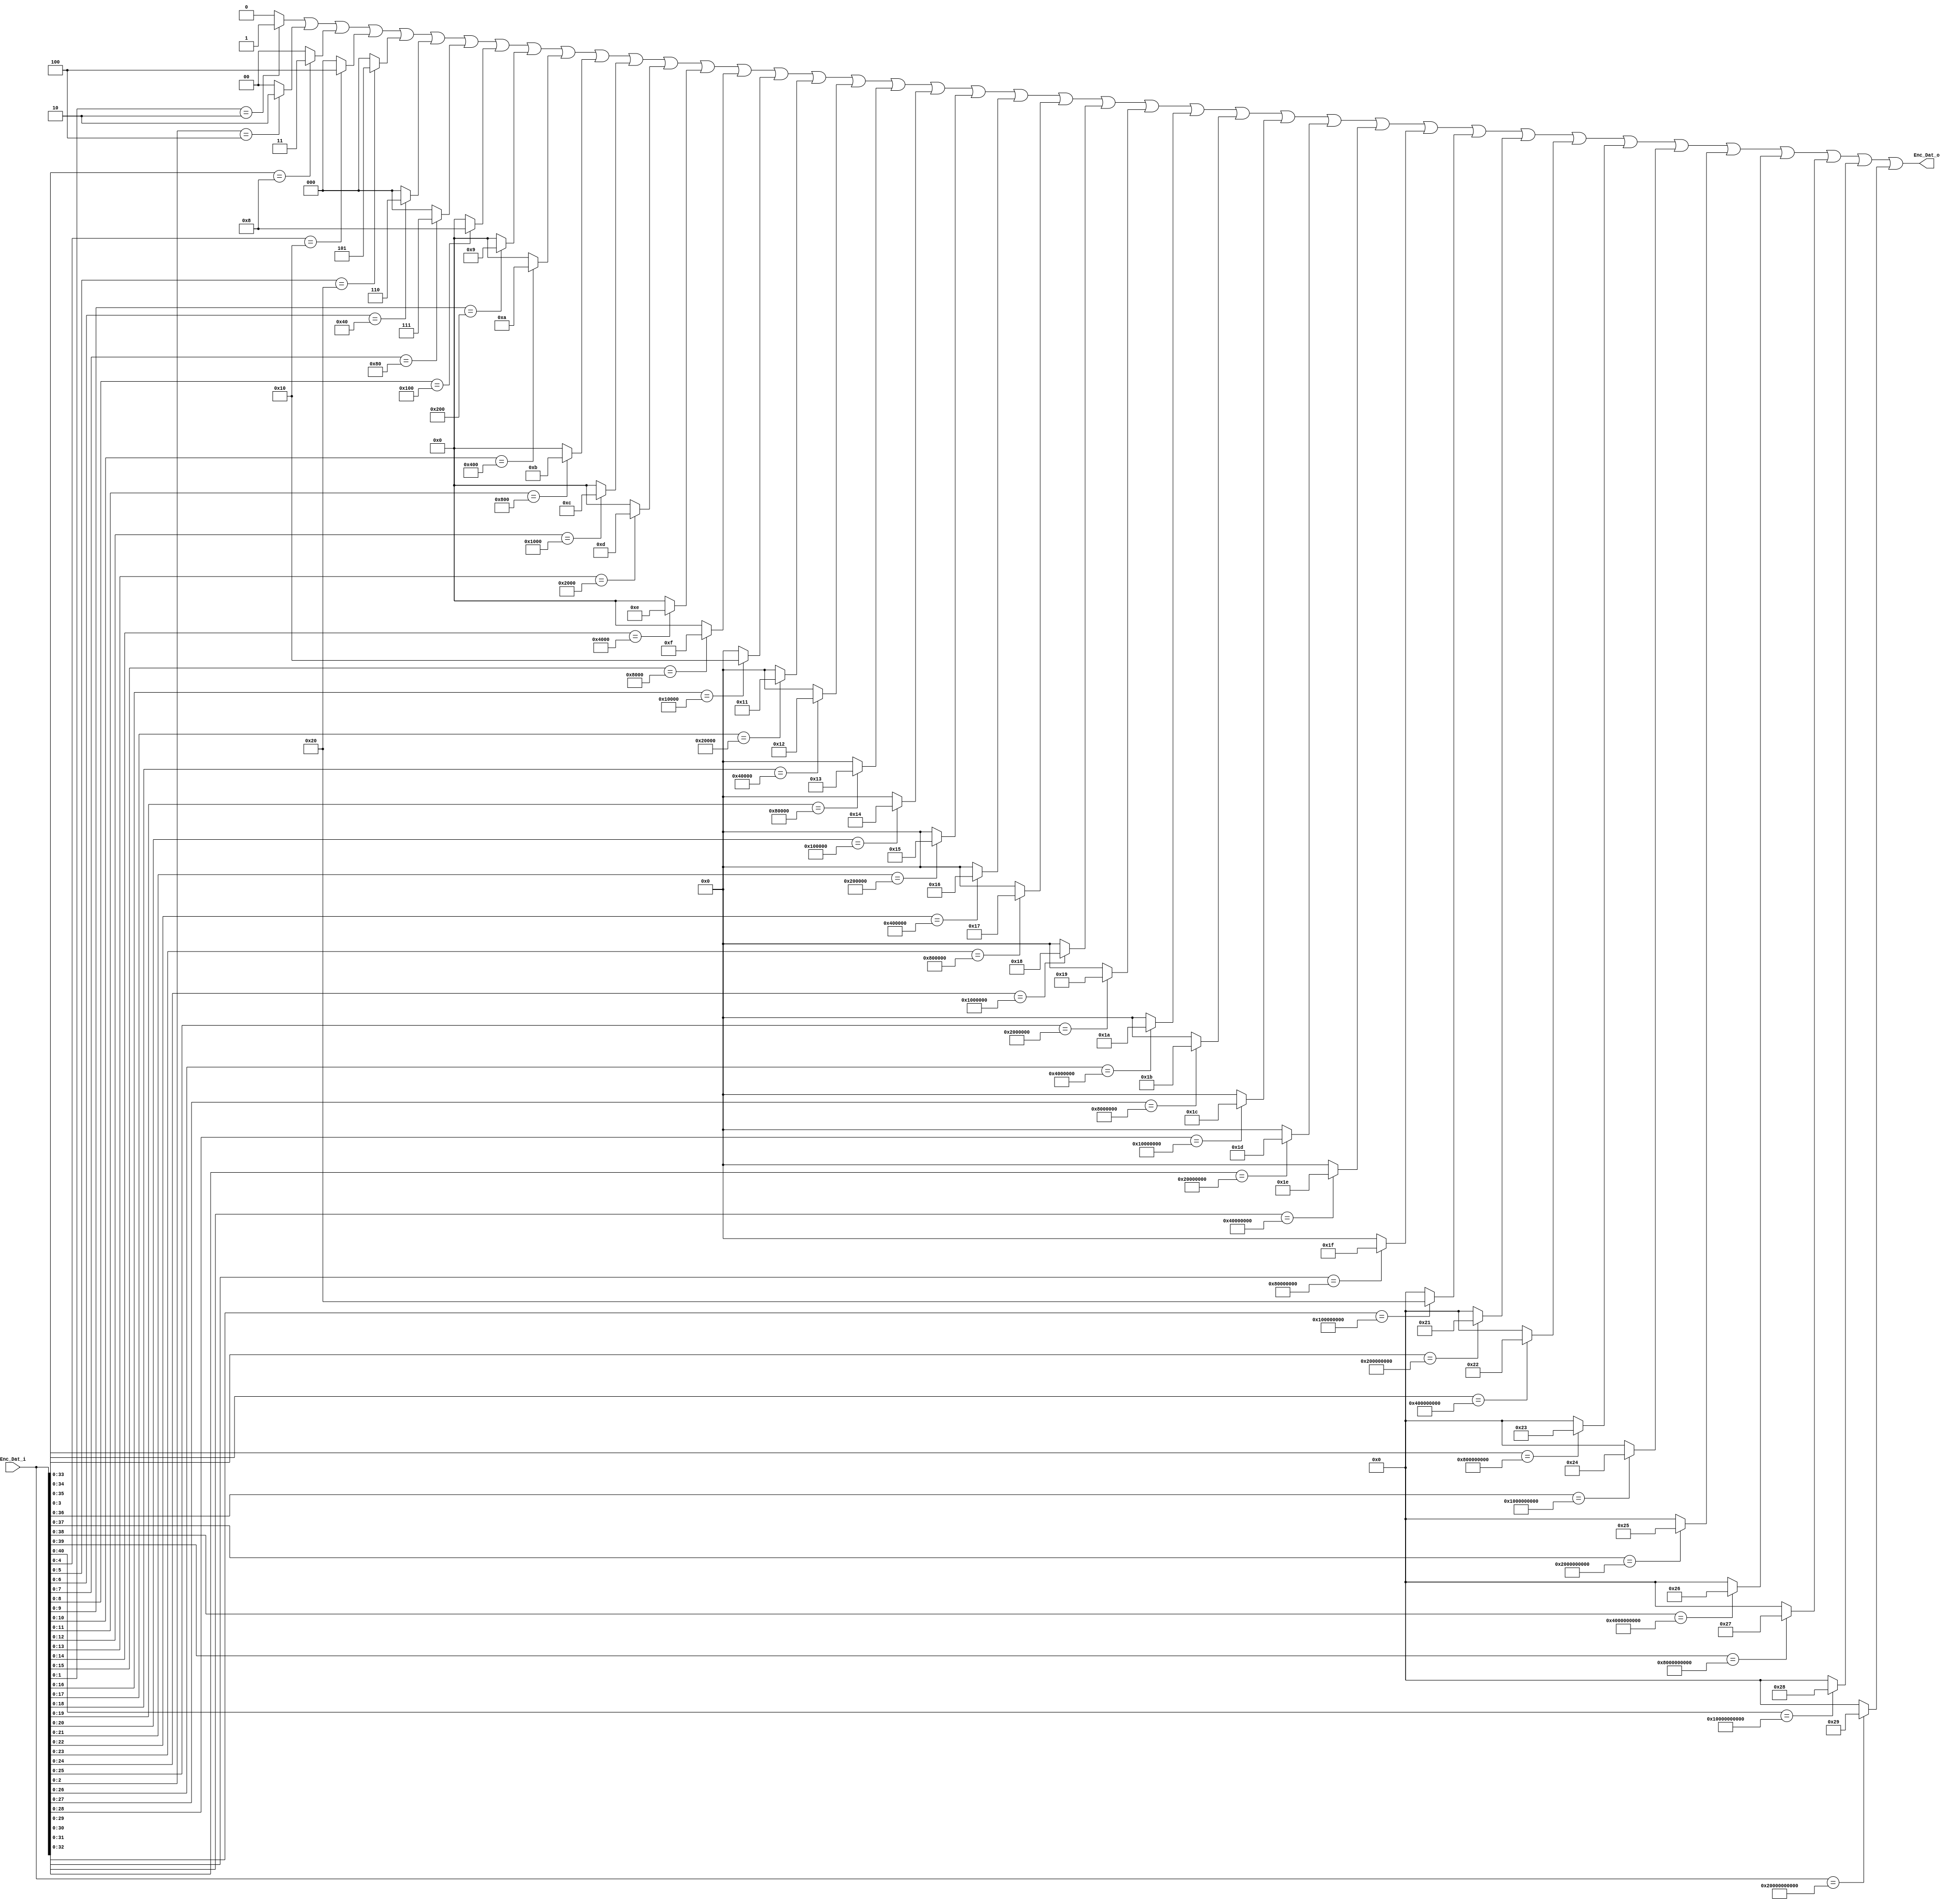
module N2M_Enc #(parameter N=42,M = 6)
       (
		input  [N-1:0] Enc_Dat_i,
        output [M-1:0] Enc_Dat_o     
      ); 
      
genvar gv; 

////N组信号和各自期望值比较，如果相等，则编码数据等于位置的值，否则为0。 
reg [M-1:0] Enc_Dat_o_T1[N-1:0];
generate
begin
  for(gv=0;gv<N;gv=gv+1)
  begin:GLT
    always @(*)
	begin
	  Enc_Dat_o_T1[gv] <= (Enc_Dat_i[gv:0] == 2**gv)?gv:0;  
	end
  end
end
endgenerate

////N组信号按位相或。 
reg [M-1:0] Enc_Dat_o_T2[N-1:0];
generate
begin
  for(gv=0;gv<N;gv=gv+1)
  begin:GLO
    always @(*)
	begin
	  if(gv == 0)
	    Enc_Dat_o_T2[gv] <= Enc_Dat_o_T1[gv];  
	  else
	    Enc_Dat_o_T2[gv] <= Enc_Dat_o_T2[gv-1] | Enc_Dat_o_T1[gv];  
	end
  end
end
endgenerate

assign Enc_Dat_o = Enc_Dat_o_T2[N-1];


endmodule